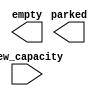
/*--  *******************************************************
--  Computer Architecture Course, Laboratory Sources 
--  Amirkabir University of Technology (Tehran Polytechnic)
--  Department of Computer Engineering (CE-AUT)
--  https://ce[dot]aut[dot]ac[dot]ir
--  *******************************************************
--  All Rights reserved (C) 2021-2022
--  *******************************************************
--  Student ID  : 
--  Student Name: 
--  Student Mail: 
--  *******************************************************
--  Additional Comments:
--
--*/

/*-----------------------------------------------------------
---  Module Name: parking_capacity_counter
-----------------------------------------------------------*/
`timescale 1 ns/1 ns
module parking_capacity_counter(
 new_capacity,
 parked,
 empty);
input [7:0] new_capacity;
output [3:0] parked;
output [3:0] empty;
 // write your code here, please.
endmodule